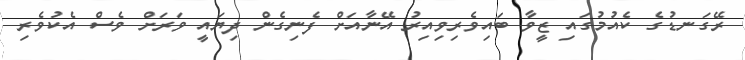
ރޭގަނޑުގެ ކެއުމުގައި ޒީވާ ބައިވެރިވިއިރު އޭނާއަށް ފެނިގެން ދިޔައީ ވަރަށް ވެސް އެކުވެރި